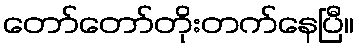
တော်တော်တိုးတက်နေပြီ။